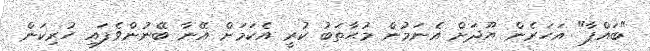
"ބައްޕާ" އަހަރެން ޔޫދަށް އެނަމުން މުޙާތަބު ކުރީ އެކަމަށް އޭނާ ބޭނުންވެފައި ހުރިކަން